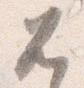
兀